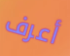
أعرف